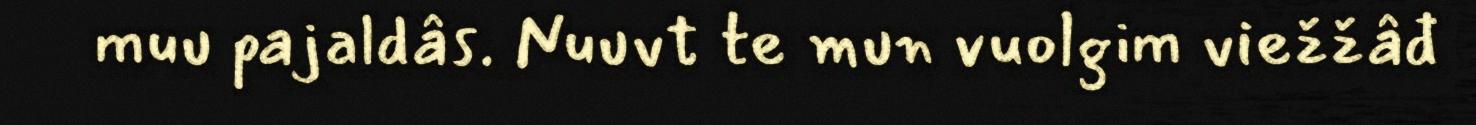
muu pajaldâs. Nuuvt te mun vuolgim viežžâđ